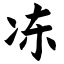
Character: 冻